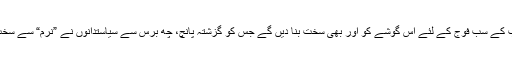
ایک تو یہ ہے کہ سویلین ڈاکٹر، ان کے والدین، دوست احباب اور عزیز و اقارب سب کے سب فوج کے لئے اُس گوشے کو اور بھی سخت بنا دیں گے جس کو گزشتہ پانچ، چھ برس سے سیاستدانوں نے ”نرم“ سے سخت بنانے کے لئے بے شمار کوششیں کی ہیں.... فوجی ڈاکٹر، فوج کے نمائندے ہیں۔